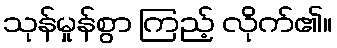
သုန်မှုန်စွာ ကြည့် လိုက်၏။